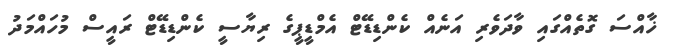
ޚާއްސަ ގޮތެއްގައި ވާދަވެރި އަނެއް ކެންޑިޑޭޓް އެމްޑީޕީގެ ރިޔާސީ ކެންޑިޑޭޓް ރައީސް މުހައްމަދު